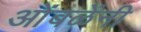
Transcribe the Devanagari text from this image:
ओंबळेंनी